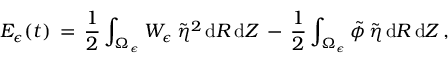
E _ { \epsilon } ( t ) \, = \, \frac 1 2 \int _ { \Omega _ { \epsilon } } W _ { \epsilon } \, \tilde { \eta } ^ { 2 } \, \mathrm { d } R \, \mathrm { d } Z \, - \, \frac 1 2 \int _ { \Omega _ { \epsilon } } \tilde { \phi } \, \tilde { \eta } \, \mathrm { d } R \, \mathrm { d } Z \, ,